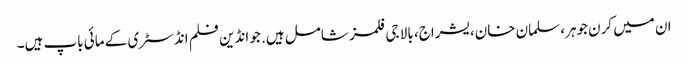
ان میں کرن جوہر، سلمان خان، یشراج، بالا جی فلمز شامل ہیں. جو انڈین فلم انڈسٹری کے مائی باپ ہیں۔